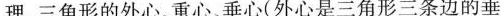
理，三角形的外心、重心、垂心(外心是三角形三条边的垂